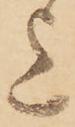
上